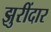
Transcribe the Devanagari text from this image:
झुरींदार